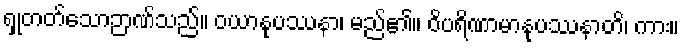
ရှုတတ်သောဉာဏ်သည်။ ဝယာနုပဿနာ၊ မည်၏။ ဝိပရိဏာမာနုပဿနာတိ၊ ကား။